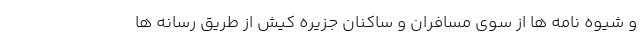
و شیوه نامه ها از سوی مسافران و ساکنان جزیره کیش از طریق رسانه ها